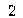
2